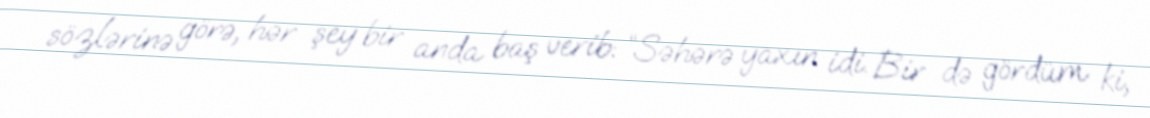
sözlərinə görə, hər şey bir anda baş verib: “Səhərə yaxın idi. Bir də gördüm ki,